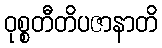
ဝုစ္စတီတိပဇာနာတိ